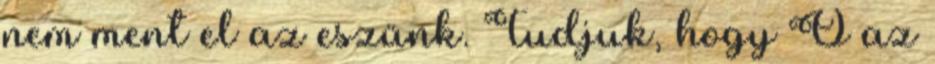
nem ment el az eszünk. Tudjuk, hogy Ő az